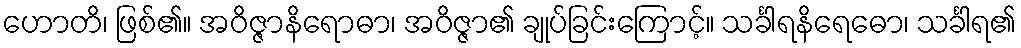
ဟောတိ၊ ဖြစ်၏။ အဝိဇ္ဇာနိရောဓာ၊ အဝိဇ္ဇာ၏ ချုပ်ခြင်းကြောင့်။ သင်္ခါရနိရေဓော၊ သင်္ခါရ၏